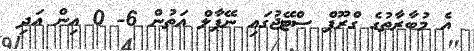
އެ މުބާރާތުގެ ގްރޫޕް ސްޓޭޖުގައި ނޭޕާލް އަތުން 6- 0 އިން އަދި